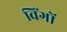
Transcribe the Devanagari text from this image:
विंगों